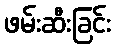
ဖမ်းဆီးခြင်း